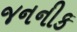
જનનીક